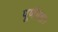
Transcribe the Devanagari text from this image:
पूर्णब्रह्म।